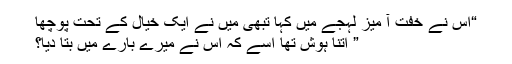
“اس نے خفت آ میز لہجے میں کہا تبھی میں نے ایک خیال کے تحت پوچھا
” اتنا ہوش تھا اسے کہ اس نے میرے بارے میں بتا دیا؟